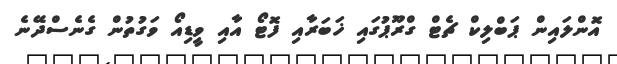
އޮންލައިން ޕަބްލިކް ޗެޓް ގްރޫޕުގައި ޚަބަރާއި ފޮޓޯ އާއި ވީޑިއޯ ވަގުތުން ގެނެސްދޭނެ